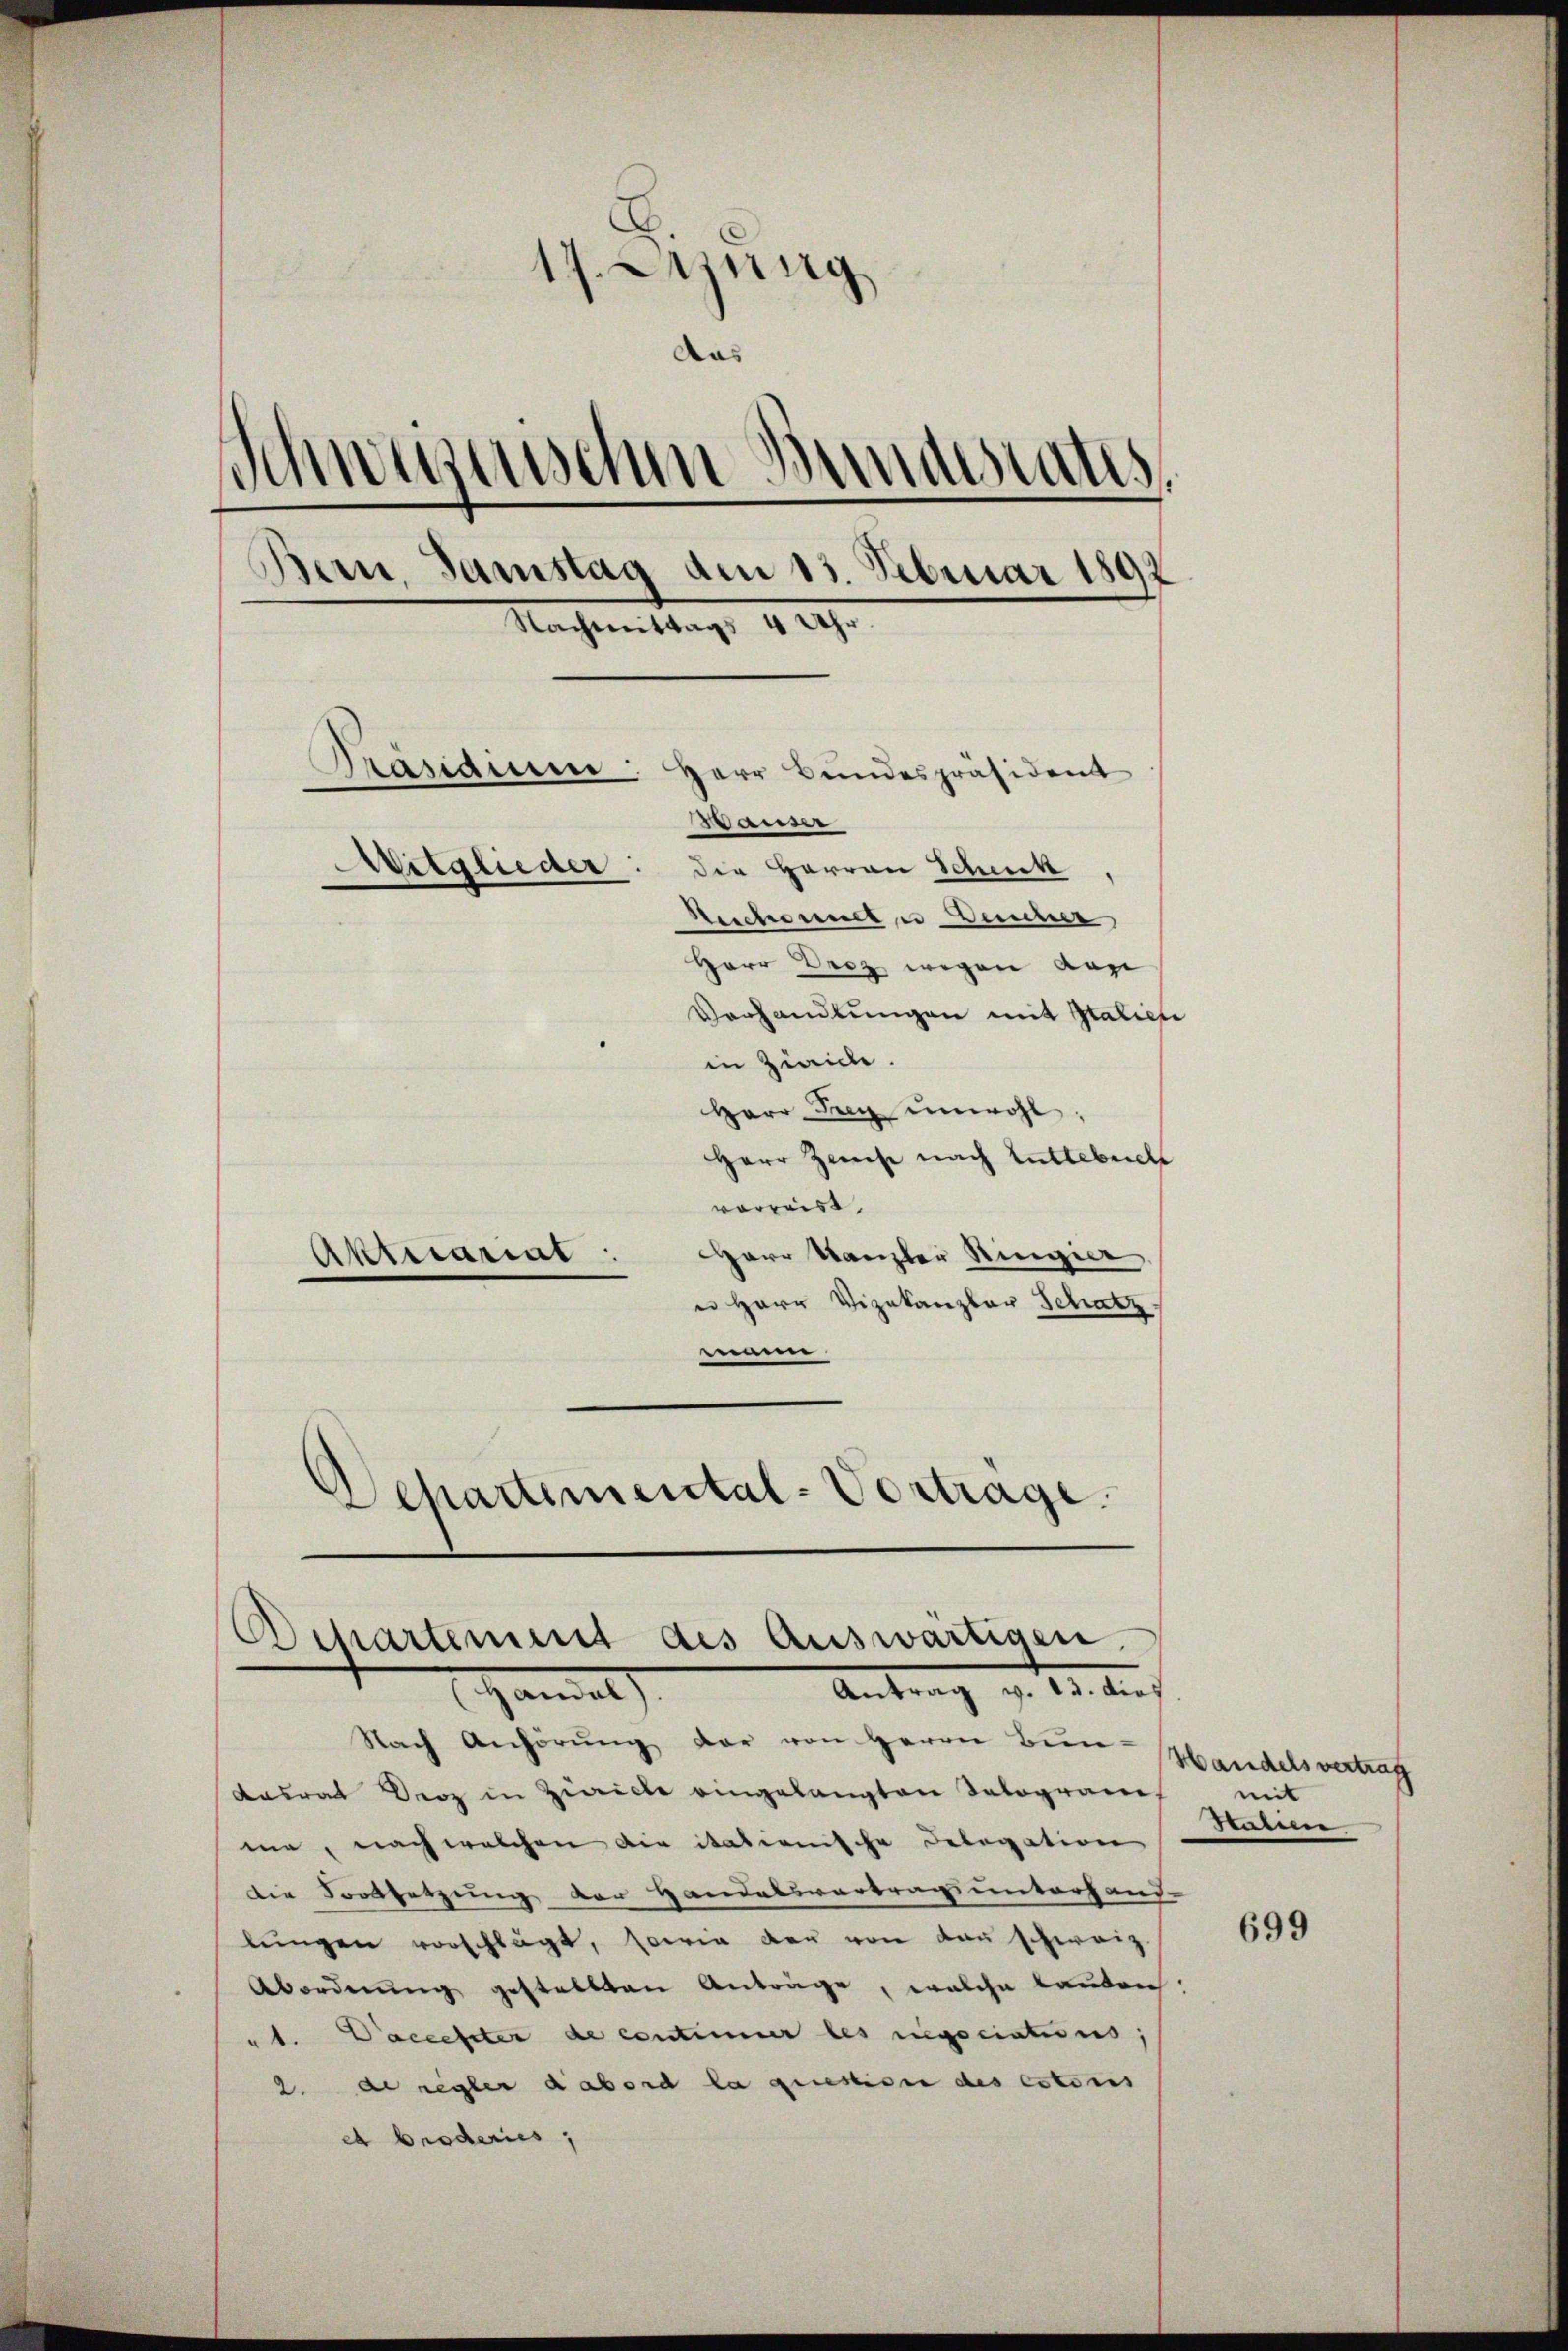
17. Jung
das
schwerzenschen Bundesraths,
)
Bern, Samstag am 13. Februar 1892
Nachmittags 4 Uhr.
(
Pasaum
Herr Bundespräsident
Wanse
Mitglieder
die Herren Scheick
Aechaniel u Deucher
Herr Drez wegen das
Vorhandlungen mit Italien
in Ziaide.
Herr Frey unwohl.

Herr Zweise nach Luttebrich
verweis
Harr Kanzler Ringier
Aktuariat :
u Herr Vizekanzler Schatz
nme
Departemental-Vortrage.

Departement des Auswärtigen.
Antrag v. 13. dies
Ganel

dasrat Droz in Zwicke eingelangten Talogram
me, nach welchen die itationische Delegation
die Fortsetzung der Handelsvertragsunterhand
lŭngen vorschlägt, sowie der von Bau schweiz.
Abordnung gestellten Anträge, welche kauten
at. Daccepter de continuer les regociations;
2. de regler dabord la questigen des estoris
c broderies,

Nach Anhörŭng der von Herrn Bien-Handelsvertrag

mit
Staien

699